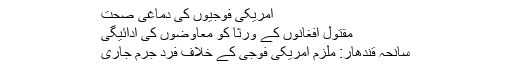
امریکی فوجیوں کی دماغی صحت
مقتول افغانوں کے ورثا کو معاوضوں کی ادائیگی
سانحہ قندھار: ملزم امریکی فوجی کے خلاف فردِ جرم جاری